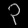
Digit: ၃